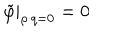
\left. \tilde { \varphi } \right| _ { \rho \cdot q = 0 } = 0